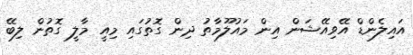
އައިލެންޑް އޭވިއޭޝަން އިން މައުލޫމާތު ދިން ގޮތުގައި މިއީ މާލީ ގޮތުން ލިބޭ